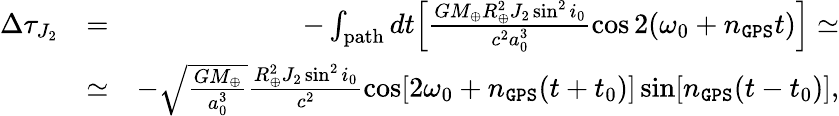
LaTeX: \begin{array}{rlr}{\Delta\tau_{J_{2}}}&{=}&{-\int_{\mathrm{path}}dt\Big[\frac{GM_{\oplus}R_{\oplus}^{2}J_{2}\sin^{2}i_{0}}{c^{2}a_{0}^{3}}\cos 2(\omega_{0}+n_{\tt GPS}t)\Big]\simeq}\\ &{\simeq}&{-\sqrt{\frac{GM_{\oplus}}{a_{0}^{3}}}\frac{R_{\oplus}^{2}J_{2}\sin^{2}i_{0}}{c^{2}}\cos[2\omega_{0}+n_{\tt GPS}(t+t_{0})]\sin[n_{\tt GPS}(t-t_{0})],}\end{array}